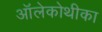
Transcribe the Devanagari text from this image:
ऑलेकोथीका